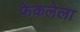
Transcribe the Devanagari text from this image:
फेकलेला